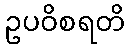
ဥပဝိစရတိ